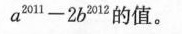
$$a ^ { 2 0 1 1 } - 2 b ^ { 2 0 1 2 }$$的值。